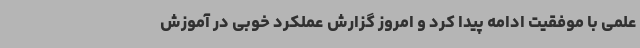
علمی با موفقیت ادامه پیدا کرد و امروز گزارش عملکرد خوبی در آموزش